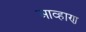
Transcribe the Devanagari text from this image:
आव्हाण